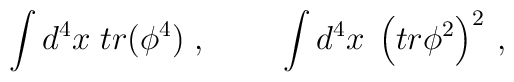
\int d^4x\;tr(\phi ^4)\;,\;\;\;\;\;\;\;\;\int d^4x\;\left( tr\phi ^2\right)^{2\;},